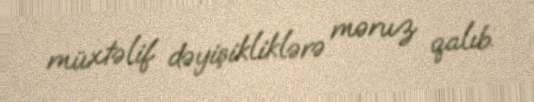
müxtəlif dəyişikliklərə məruz qalıb.